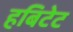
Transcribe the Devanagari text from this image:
हबिटेट